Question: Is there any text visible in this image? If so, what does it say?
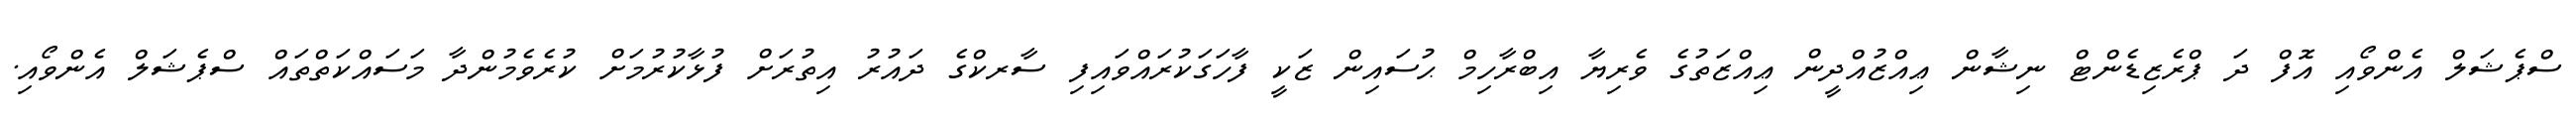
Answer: ސްޕެޝަލް އެންވޯއި އޮފް ދަ ޕްރެޒިޑެންޓް ނިޝާން ޢިއްޒުއްދީން ޢިއްޒަތުގެ ވެރިޔާ އިބްރާހިމް ޙުސައިން ޒަކީ ފާހަގަކުރައްވައިފި ސާރކްގެ ދައުރު އިތުރަށް ފުޅާކުރުމަށް ކުރެވެމުންދާ މަސައްކަތްތައް ސްޕެޝަލް އެންވޯއި.